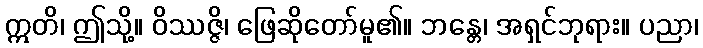
ဣတိ၊ ဤသို့။ ဝိဿဇ္ဇိ၊ ဖြေဆိုတော်မူ၏။ ဘန္တေ၊ အရှင်ဘုရား။ ပညာ၊